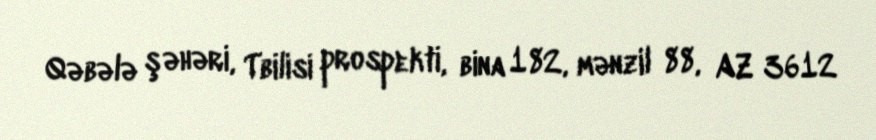
Qəbələ şəhəri, Tbilisi prospekti, bina 182, mənzil 88, AZ 3612